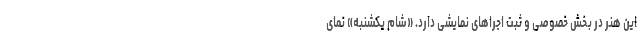
این هنر در بخش خصوصی و ثبت اجراهای نمایشی دارد. «شام یکشنبه» نمای